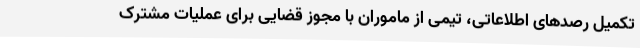
تکمیل رصدهای اطلاعاتی، تیمی از ماموران با مجوز قضایی برای عملیات مشترک